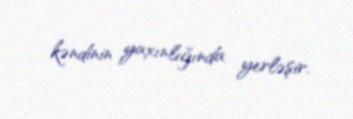
kəndinin yaxınlığında yerləşir.